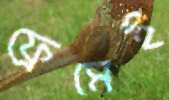
ফ্রেমেই